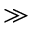
\gg